Leaving Certificate Examination, 1902
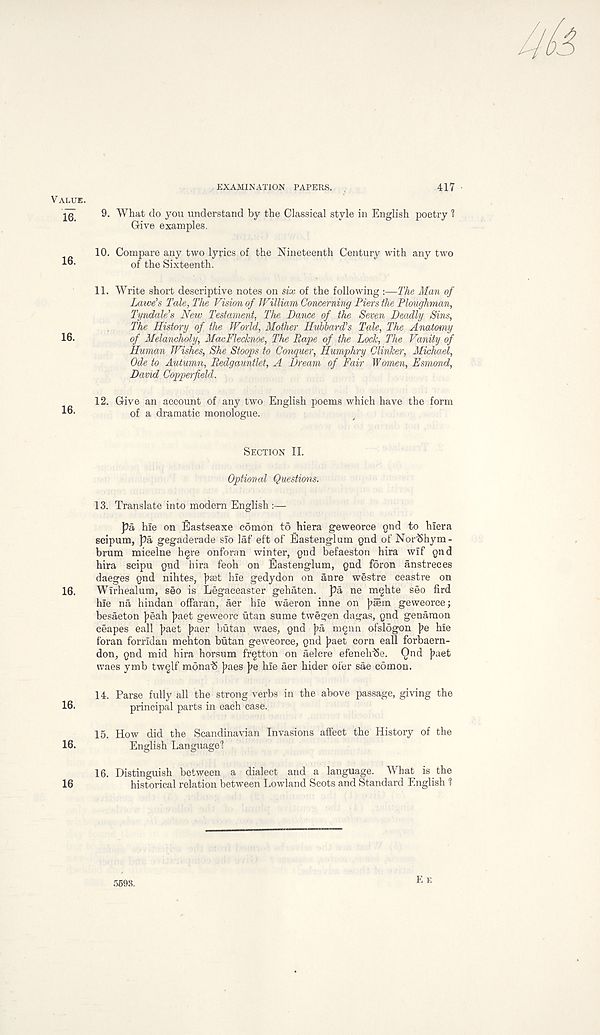
VALUE.
16.
16.
16.
16.
16.
16.
16.
16
EXAMINATION PAPERS.
417
9.
What do you understand by the Classical style in En
Give examples.
10. Compare any two lyrics of the Nineteenth Century with any two
of the Sixteenth.
11. Write short descriptive notes on six of the following :—The Man of
Lawe's Tale, The Vision of William Concerning Piers the Ploughman,
Tyndale’s New Testament, The Dance of the Seven Deadly Sins,
The History of the World, Mother Hubbard’s Tcde, The Anatomy
of Melancholy, MacFlecknoe, The Rape of the Lock, The Vanity of
Human Wishes, She Stoops to Conquer, Humphry Clinker, Michael,
Ode to Autumn, Redgauntlet, A Dream of Fair Women, Esmond,
David Copperfield.
12. Give an account of any two English poems which have the form
of a dramatic monologue.
SECTION II.
Optional Questions.
13. Translate into modern English:—
pa hie on Eastseaxe comon to hiera geweorce gnd to hiera
scipum, pa gegaderade sio laf eft of Eastenglum gnd of NorlShym-
brum micelne h§re onforan winter, pnd befaeston hira wif gnd
hira scipu gnd hira feoh on Eastenglum, gnd foron anstreces
daeges gnd nihtes, j?aet hie gedydon on anre westre ceastre on
Wirhealum, seo is Legaceaster gehaten. pa ne m§hte seo fird
hie na hindan offaran, aer hie waeron inne on )?Eem geweorce;
besaeton J>eah J>aet gevveorc utan sume twegen dagas, gnd genaraon
ceapes call j>aet |?aer butan waes, gnd }?a m§nn ofslogon J?e hie
foran forridan mehton butan geweorce, gnd }?aet corn call forbaern-
don, gnd mid hira horsum fr^tton on aelcre efenehSe. Ond j>aet
waes ymb tw§lf mona'S }?aes )?e hie aer hider ofer sae comon.
14. Parse fully all the strong verbs in the above passage, giving the
principal parts in each case.
15. How did the Scandinavian Invasions affect the History of the
English Language 1 ?
16. Distinguish between a dialect and a language. What is the
historical relation between Lowland Scots and Standard English 1
5598.